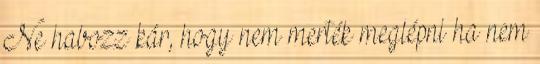
Ne habozz kár, hogy nem merték meglépni ha nem